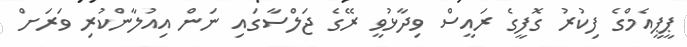
ޕީޕީއެމްގެ ފިކުރު ގޮފީގެ ރައީސް ވިދާޅުވީ ރޭގެ ޖަލްސާގައި ނަން އިއުލާންކުރި ވަރަށް